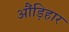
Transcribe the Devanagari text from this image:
औंड़िहार